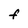
Character: f